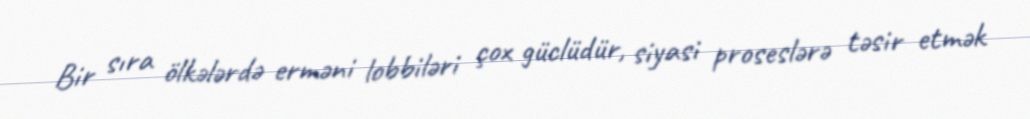
Bir sıra ölkələrdə erməni lobbiləri çox güclüdür, siyasi proseslərə təsir etmək